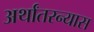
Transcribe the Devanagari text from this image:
अर्थांतरन्यास